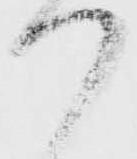
か